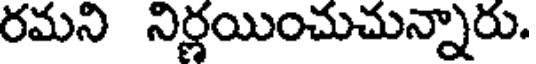
రమని నిర్ణయించుచున్నారు.